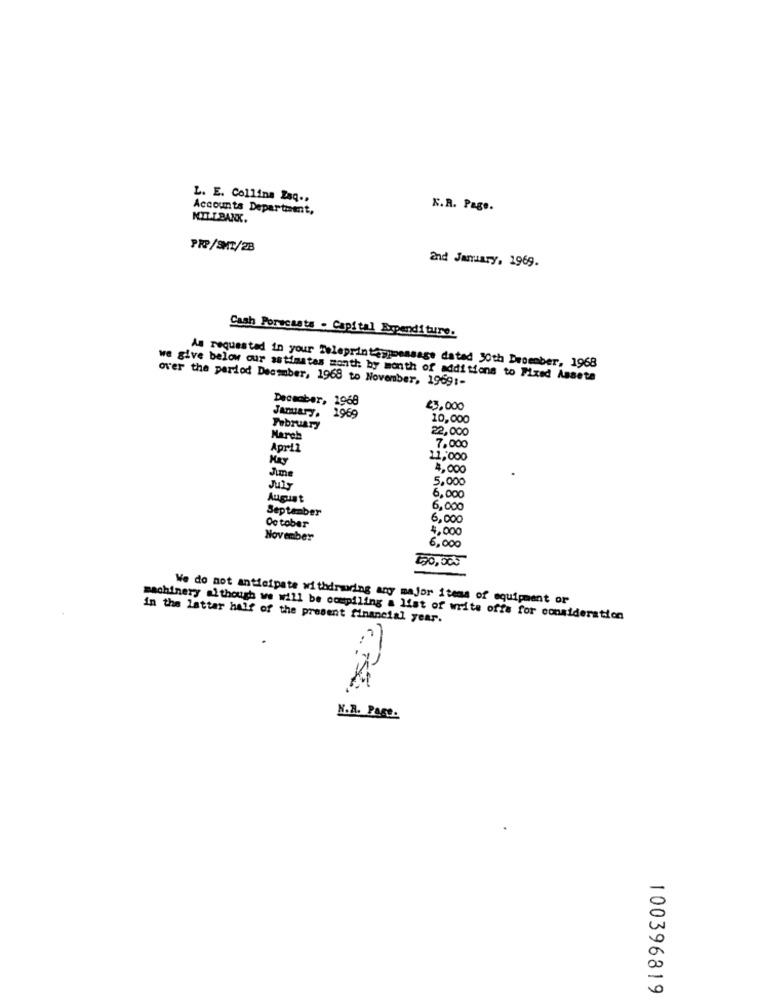
L. E. Collina Zaq .,
Accounts Department,
E.R. Page.
NILIBANK.
PRP/SHT/2B
and January, 1969.
Cash Porscasts - Capital Expenditure.
As requested in your Teleprintappmessage dated 30th December, 1968
over the period December, 1968 to November, 1969 :-
we give below our astimates month by month of additions to Fixed Assets
December, 1968
23,000
January.
1969
10,000
February
22,000
March
April
7.000
Hay
11,000
Jime
4,000
5.000
Juls
August
6,000
September
6,000
6,000
October
4,000
November
6,000
50,005
We do not anticipate withdrawing any major items of equipment or
machinery although we will be compiling a list of write offs for consideration
in the latter half of the present financial year.
N.A. PASO.
100396819